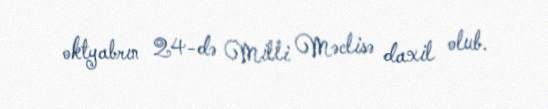
oktyabrın 24-də Milli Məclisə daxil olub.